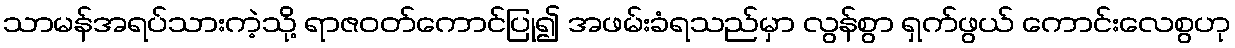
သာမန်အရပ်သားကဲ့သို့ ရာဇဝတ်ကောင်ပြု၍ အဖမ်းခံရသည်မှာ လွန်စွာ ရှက်ဖွယ် ကောင်းလေစွဟု